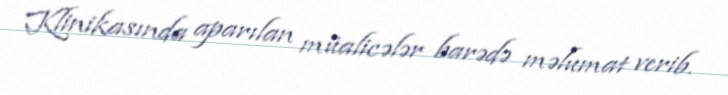
Klinikasında aparılan müalicələr barədə məlumat verib.